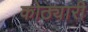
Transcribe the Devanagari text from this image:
कोठ्यारी